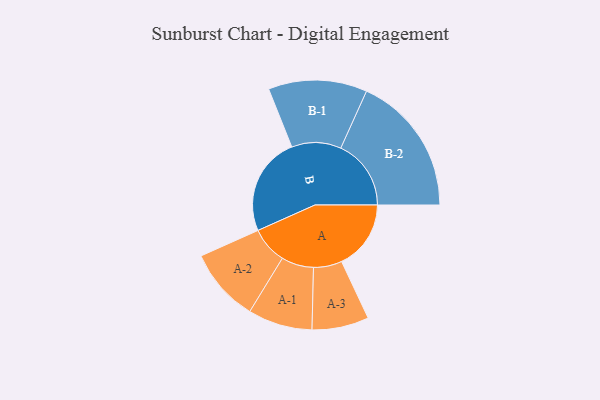
{"axis": {"x": "Segment", "y": "Value"}, "legend": ["", "A", "B"], "data": [{"x": "A", "y": 295, "type": ""}, {"x": "B", "y": 420, "type": ""}, {"x": "A-1", "y": 137, "type": "A"}, {"x": "A-2", "y": 157, "type": "A"}, {"x": "A-3", "y": 121, "type": "A"}, {"x": "B-1", "y": 210, "type": "B"}, {"x": "B-2", "y": 299, "type": "B"}]}